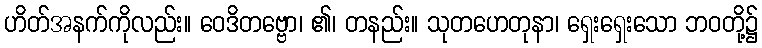
ဟိတ်အနက်ကိုလည်း။ ဝေဒိတဗ္ဗော၊ ၏၊ တနည်း။ သုတဟေတုနာ၊ ရှေးရှေးသော ဘဝတို့၌